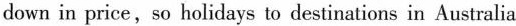
down in price,so holidays to destinations in Australia